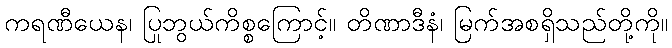
ကရဏီယေန၊ ပြုဘွယ်ကိစ္စကြောင့်။ တိဏာဒီနံ၊ မြက်အစရှိသည်တို့ကို။